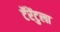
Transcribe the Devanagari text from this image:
टॅरेंटुला